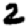
Digit: 2